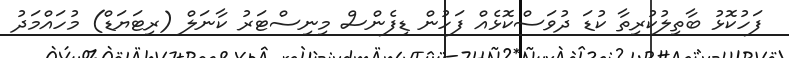
ފަހުކޮޅު ބާތިލުކުރިތާ ކުޑަ ދުވަސްކޮޅެއް ފަހުން ޑިފެންސް މިނިސްޓަރު ކާނަލް (ރިޓަޔަޑް) މުހައްމަދު